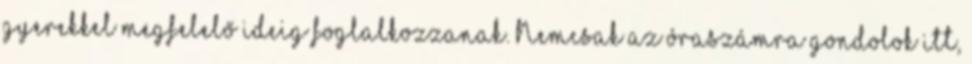
gyerekkel megfelelő ideig foglalkozzanak. Nemcsak az óraszámra gondolok itt,